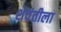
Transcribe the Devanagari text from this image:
शेवंतीला